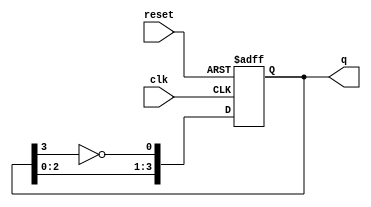
module johnson_counter #(
    parameter N = 4 // Number of flip-flops
)(
    input wire clk,       // Clock input
    input wire reset,     // Reset input
    output reg [N-1:0] q // Counter output
);

// Internal signal for the inverted output of the last flip-flop
wire feedback;

assign feedback = ~q[N-1]; // Inverted output of the last flip-flop

// Sequential logic for the Johnson counter
always @(posedge clk or posedge reset) begin
    if (reset) begin
        q <= 0; // Reset the counter to 0
    end else begin
        q <= {q[N-2:0], feedback}; // Shift and feedback
    end
end

endmodule